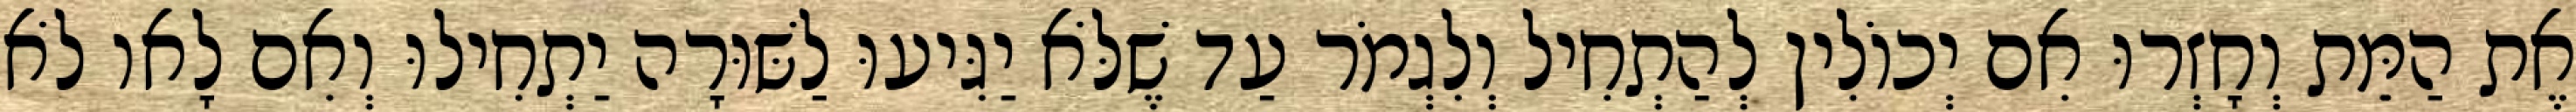
אֶת הַמֵּת וְחָזְרוּ אִם יְכוֹלִין לְהַתְחִיל וְלִגְמֹר עַד שֶׁלֹּא יַגִּיעוּ לַשּׁוּרָה יַתְחִילוּ וְאִם לָאו לֹא